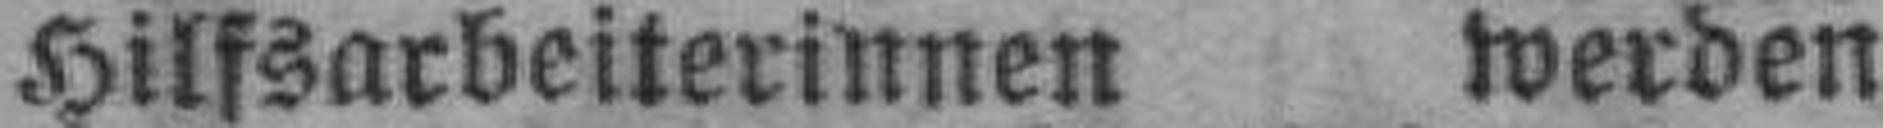
Hilfsarbeiterinnen werden